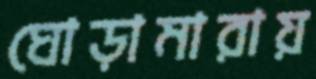
ঘোড়ামারায়